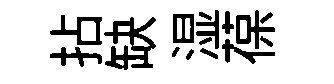
拈缺湿葆